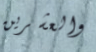
والعشرين